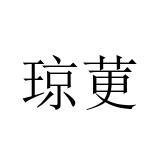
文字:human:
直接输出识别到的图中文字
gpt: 琼莄